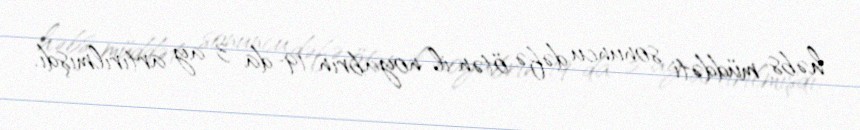
həbs müddəti sonuncu dəfə ötən il noyabrın 19-da 3 ay artırılmışdı.